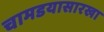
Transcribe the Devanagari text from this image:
चामडयासारखा